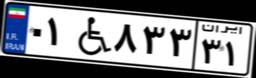
۰۱W۸۳۳۳۱